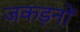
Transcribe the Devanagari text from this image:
जकड़नों